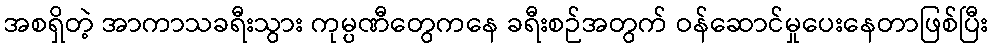
အစရှိတဲ့ အာကာသခရီးသွား ကုမ္ပဏီတွေကနေ ခရီးစဉ်အတွက် ဝန်ဆောင်မှုပေးနေတာဖြစ်ပြီး